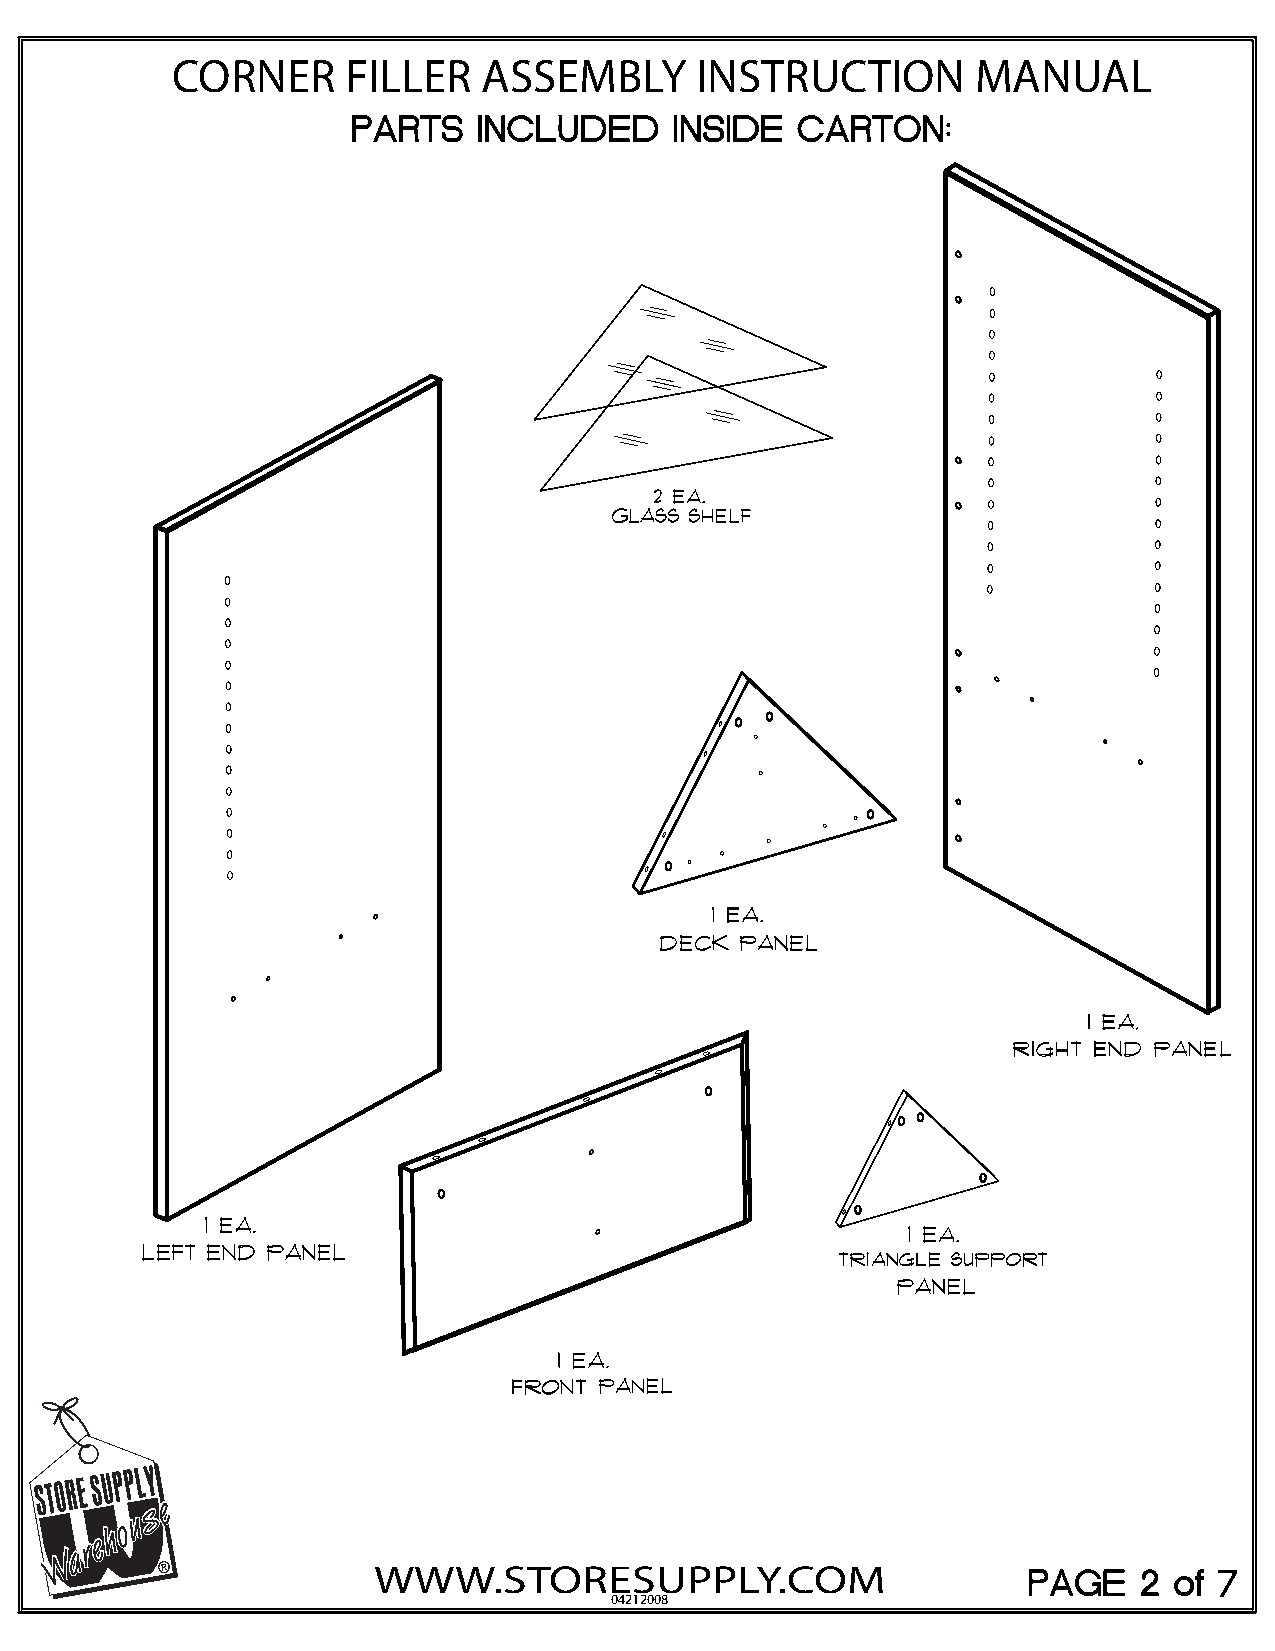
CORNER      FILLER   ASSEMBLY      INSTRUCTION        MANUAL
 WWW.STORESUPPLY.COM
 04212008